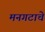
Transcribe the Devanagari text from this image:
मनगटाचे